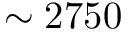
\sim 2 7 5 0